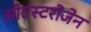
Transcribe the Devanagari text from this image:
ओएस्टरोजेन